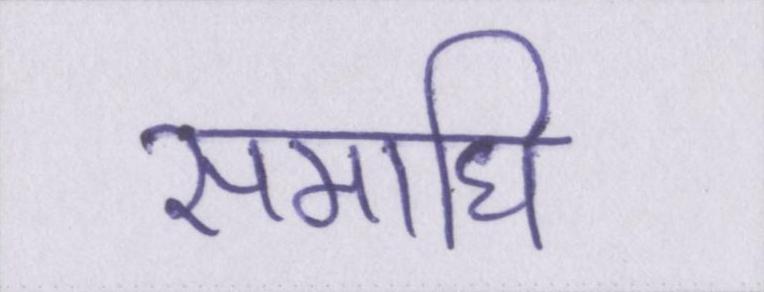
समाधि